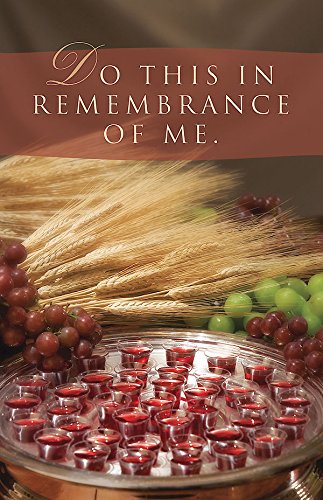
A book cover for Do This/Communion Bulletin (Pkg of 50); Abingdon Press; Christian Books & Bibles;